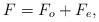
LaTeX: \begin{align*}F=F_o+F_e,\end{align*}